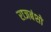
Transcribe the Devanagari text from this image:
राजबंशो